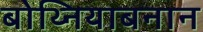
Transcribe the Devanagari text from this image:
बोथ्नियाबनान